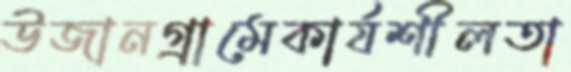
উজানগ্রামেকার্যশীলতা